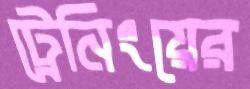
ট্রেনিংয়ের